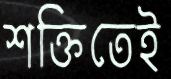
শক্তিতেই